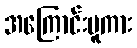
အကြောင်းမူကား